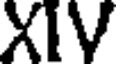
XIV